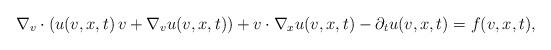
LaTeX: \begin{align*} \nabla_{v} \cdot \left(u (v,x,t)\,v + \nabla_v u (v,x,t)\right) + v \cdot \nabla_{x} u(v,x,t) - \partial_t u (v,x,t) = f(v,x,t),\end{align*}